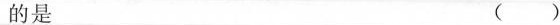
的是()